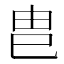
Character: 𭘋